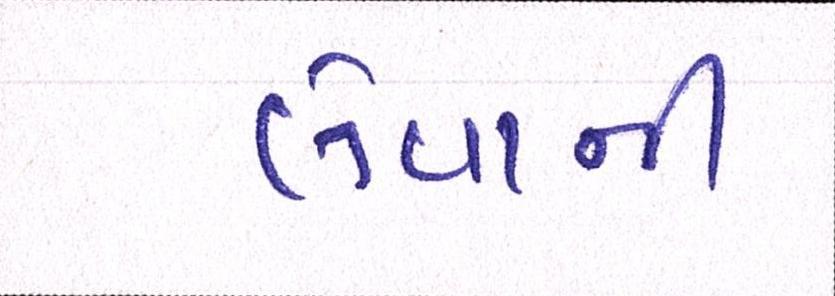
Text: લેવાની